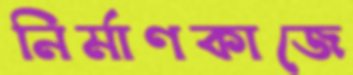
নির্মাণকাজে